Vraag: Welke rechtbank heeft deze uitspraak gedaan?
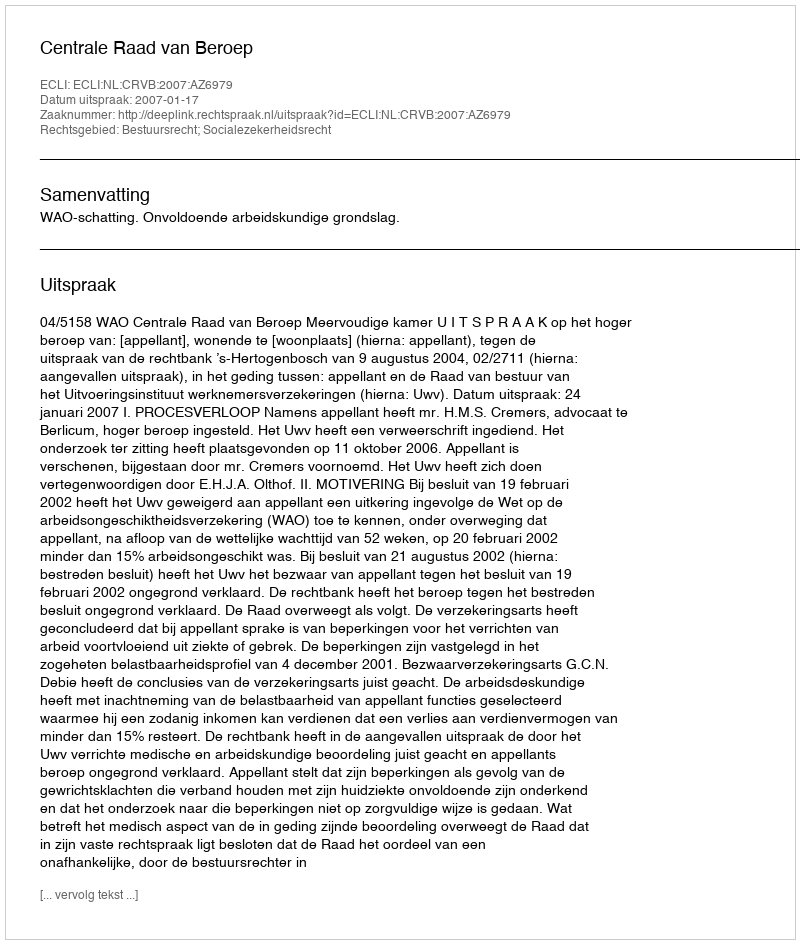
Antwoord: Centrale Raad van Beroep